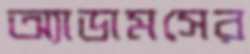
অ্যাডামসের